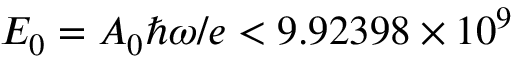
E _ { 0 } = A _ { 0 } \hbar \omega / e < 9 . 9 2 3 9 8 \times 1 0 ^ { 9 }